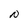
Character: N